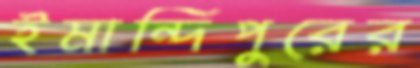
ইমান্দিপুরের